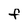
Character: F